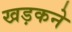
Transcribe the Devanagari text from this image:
खड़कने